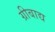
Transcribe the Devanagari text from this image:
ग्रीबाद्य